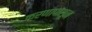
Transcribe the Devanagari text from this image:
करणापासून